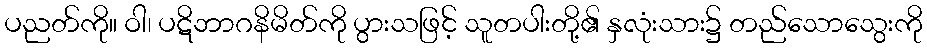
ပညတ်ကို။ ဝါ၊ ပဋိဘာဂနိမိတ်ကို ပွားသဖြင့် သူတပါးတို့၏ နှလုံးသား၌ တည်သောသွေးကို